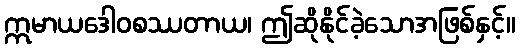
ဣမာယဒေါဝစဿတာယ၊ ဤဆိုနိုင်ခဲ့သောအဖြစ်နှင့်။